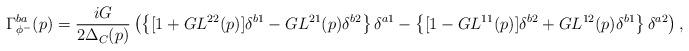
LaTeX: \begin{align*}\Gamma_{\phi^-}^{ba}(p)=\frac{iG}{2\Delta_C(p)}\left(\left\{[1+GL^{22}(p)]\delta^{b1}-GL^{21}(p)\delta^{b2}\right\}\delta^{a1}-\left\{[1-GL^{11}(p)]\delta^{b2}+GL^{12}(p)\delta^{b1}\right\}\delta^{a2}\right),\end{align*}